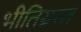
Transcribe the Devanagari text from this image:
भीतिग्रस्त